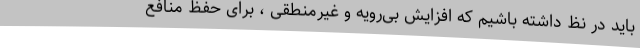
باید در نظ داشته باشیم که افزایش بی‌رویه و غیرمنطقی ، برای حفظ منافع